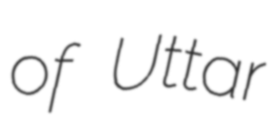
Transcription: of Uttar